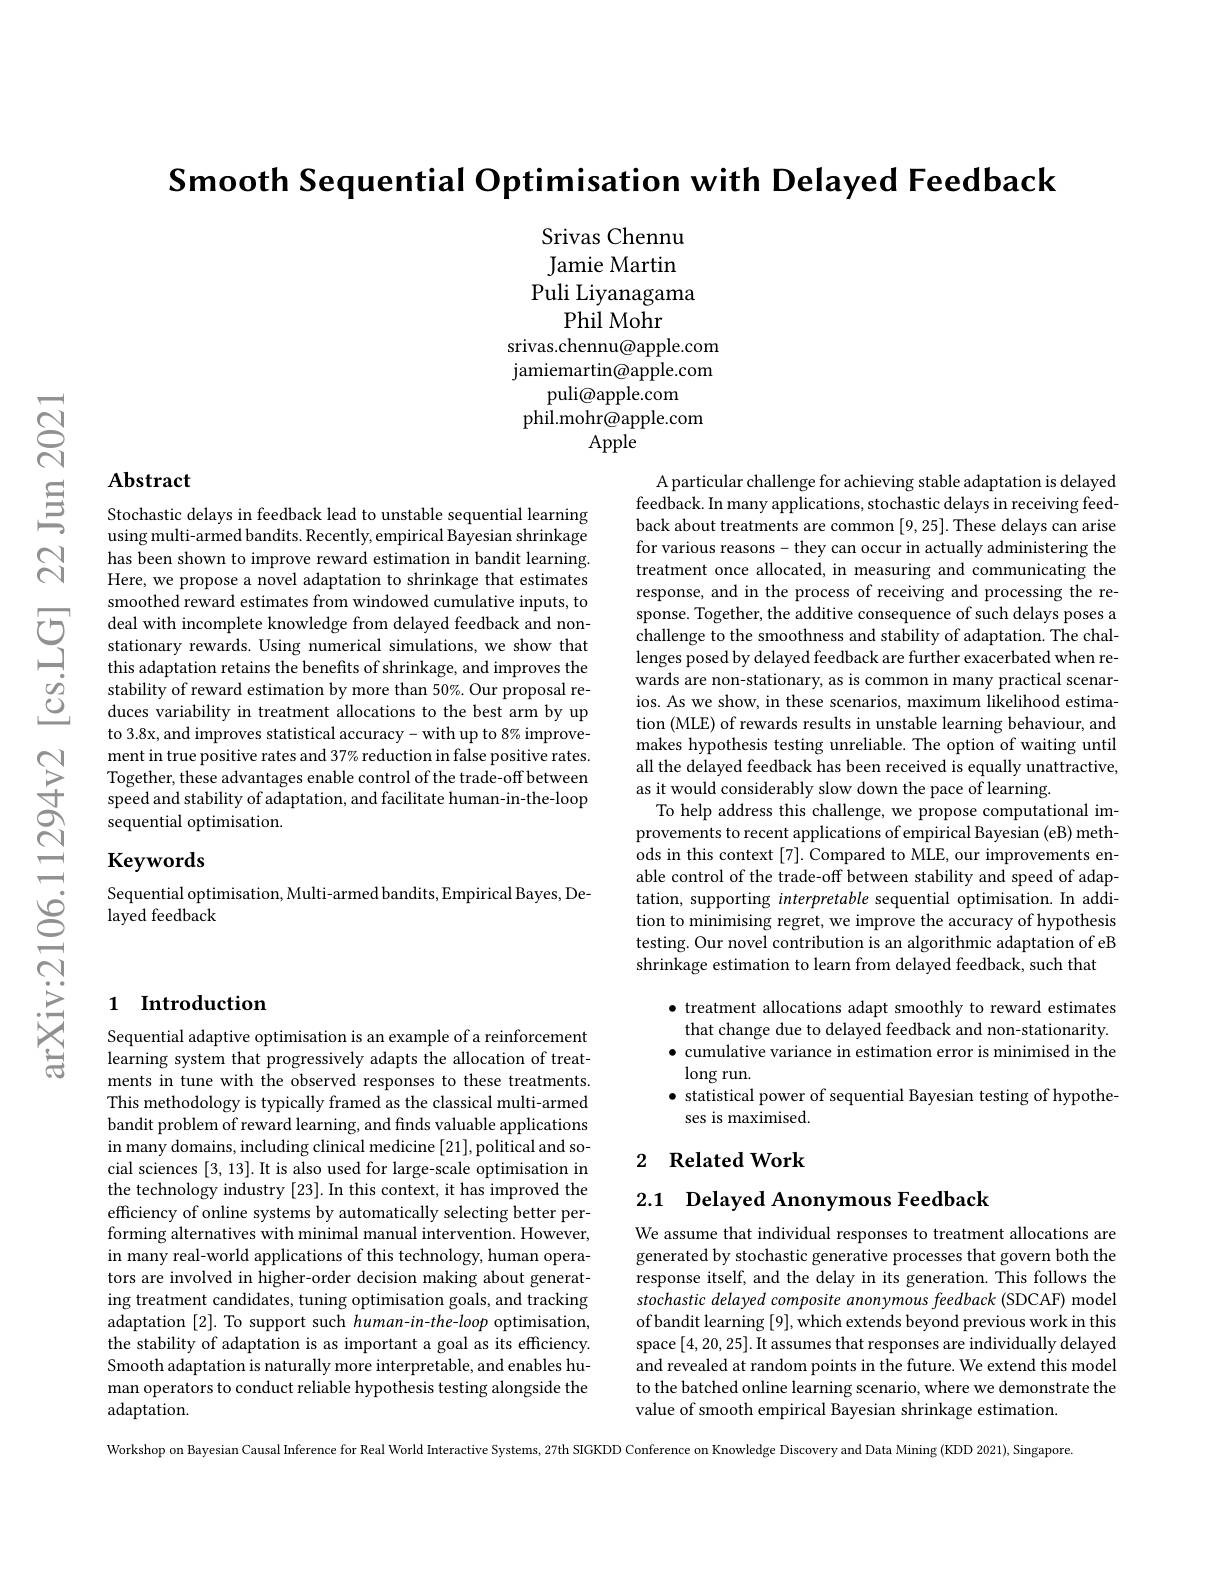
$নু$

$\textbf{Smooth Sequential Optimisation with Delayed Feedback}$

Srivas Chennu Jamie Martin
Puli Liyanagama
Phil Mohr
srivas.chennu@apple.com jamiemartin@apple.com
puli@apple.com
phil.mohr@apple.com
Apple

## Abstract $\textcircled {S}$ $\textbf{Abstract}\textcircled {S}$ Stochastic delays in feedback lead to unstable sequential learning

using multi-armed bandits. Recently, empirical Bayesian shrinkage has been shown to improve reward estimation in bandit learning. Here, we propose a novel adaptation to shrinkage that estimates smoothed reward estimates from windowed cumulative inputs, to deal with incomplete knowledge from delayed feedback and nonstationary rewards. Using numerical simulations, we show that this adaptation retains the benefits of shrinkage, and improves the stability of reward estimation by more than 50%. Our proposal reduces variability in treatment allocations to the best arm by up to 3.8x, and improves statistical accuracy- with up to 8% improvement in true positive rates and 37% reduction in false positive rates. Together, these advantages enable control of the trade-off between speed and stability of adaptation, and facilitate human-in-the-loop sequential optimisation.

A particular challenge for achieving stable adaptation is delayed feedback. In many applications, stochastic delays in receiving feedback about treatments are common [9,25]. These delays can arise for various reasons- they can occur in actually administering the treatment once allocated, in measuring and communicating the response, and in the process of receiving and processing the response. Together, the additive consequence of such delays poses a challenge to the smoothness and stability of adaptation. The challenges posed by delayed feedback are further exacerbated when rewards are non-stationary, as is common in many practical scenarios. As we show, in these scenarios, maximum likelihood estimation (MLE) of rewards results in unstable learning behaviour, and makes hypothesis testing unreliable. The option of waiting until all the delayed feedback has been received is equally unattractive, as it would considerably slow down the pace of learning.
To help address this challenge, we propose computational improvements to recent applications of empirical Bayesian (eB) methods in this context [7]. Compared to MLE, our improvements enable control of the trade-off between stability and speed of adaptation, supporting interpretable sequential optimisation. In addition to minimising regret, we improve the accuracy of hypothesis testing. Our novel contribution is an algorithmic adaptation of eB shrinkage estimation to learn from delayed feedback, such that

## Keywords

Sequential optimisation, Multi-armed bandits, Empirical Bayes, De-
layed feedback

## 1 Introduction

· treatment allocations adapt smoothly to reward estimates that change due to delayed feedback and non-stationarity. $\bullet$ cumulative variance in estimation error is minimised in the $\log$run.
$\bullet$ statistical power of sequential Bayesian testing of hypothe-
ses is maximised.

### 2 Related Work

2.1 Delayed Anonymous Feedback

Sequential adaptive optimisation is an example of a reinforcement learning system that progressively adapts the allocation of treatments in tune with the observed responses to these treatments. This methodology is typically framed as the classical multi-armed bandit problem of reward learning, and finds valuable applications in many domains, including clinical medicine [21],political and social sciences [3,13]. It is also used for large-scale optimisation in the technology industry [23]. In this context, it has improved the efficiency of online systems by automatically selecting better performing alternatives with minimal manual intervention. However, in many real-world applications of this technology, human operators are involved in higher-order decision making about generating treatment candidates, tuning optimisation goals, and tracking adaptation [2]. To support such human-in-the-loop optimisation, the stability of adaptation is as important a goal as its efficiency. Smooth adaptation is naturally more interpretable, and enables human operators to conduct reliable hypothesis testing alongside the adaptation.

We assume that individual responses to treatment allocations are generated by stochastic generative processes that govern both the response itself, and the delay in its generation. This follows the stochastic delayed composite anonymous feedback (SDCAF) model of bandit learning [9], which extends beyond previous work in this space [4,20,25]. It assumes that responses are individually delayed and revealed at random points in the future. We extend this model to the batched online learning scenario, where we demonstrate the value of smooth empirical Bayesian shrinkage estimation.

Workshop on Bayesian Causal Inference for Real World Interactive Systems, 27th SIGKDD Conference on Knowledge Discovery and Data Mining (KDD 2021), Singapore